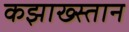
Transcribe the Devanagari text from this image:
कझाख्स्तान